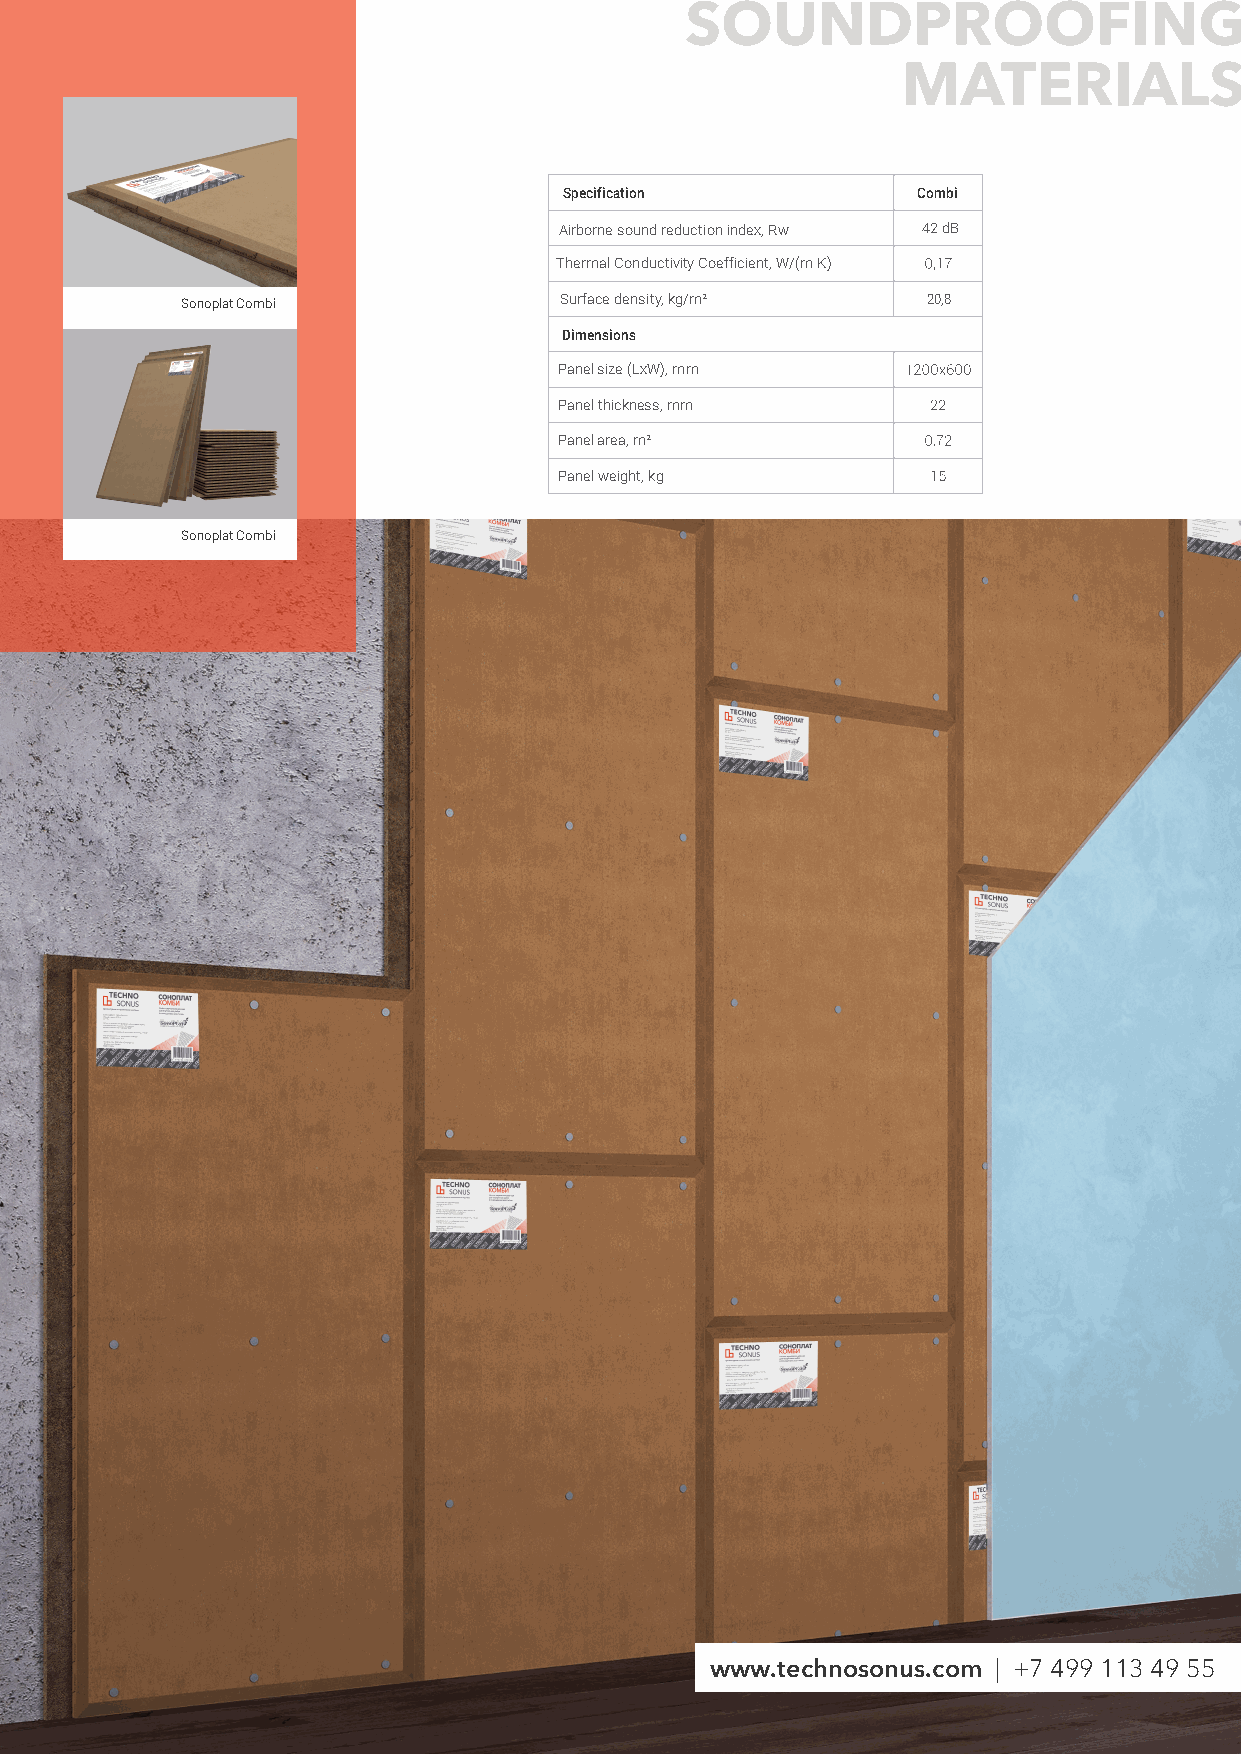
SOUNDPROOFING
 MATERIALS
 Specification           Combi
 Airborne sound reduction index, Rw 42 dB
 Thermal Conductivity Coefficient, W/(m K)
 Sonoplat Combi           Surface density, kg/m²  20,8
 Dimensions
 Panel size (LxW), mm
 Panel thickness, mm
 Panel area, m²
 Panel weight, kg
 Sonoplat Combi
 www.technosonus.com | +7 499 113 49 55